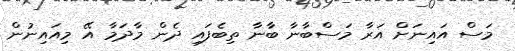
މަސް އައިނަށް އަރާ މަސްބާނާ ބާނާ ތިބެފައި ދެން މާދަމާ އޭ މިއައިނުން